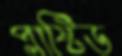
প্লাষ্টিড